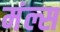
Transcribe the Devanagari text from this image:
मंल्स